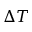
\Delta T